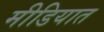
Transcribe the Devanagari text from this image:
मीडियात